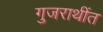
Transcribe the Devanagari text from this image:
गुजराथींत